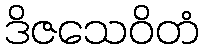
ဒိဇသေဝိတံ